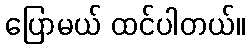
ပြောမယ် ထင်ပါတယ်။